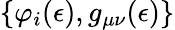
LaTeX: \{ \varphi_{i}(\epsilon),g_{\mu\nu}(\epsilon)\}